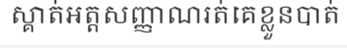
ស្គាត់អត្តសញ្ញាណរត់គេខ្លួនបាត់